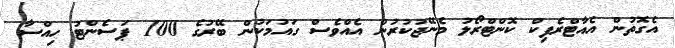
އެގޮތުންް އެއާޓްރެފިކް ކޮންޓްރޯލު މެނޭޖުކުރުން އެއްވެސް ގައުމަކުން ބޭރުގެ 100 ޕަސެންޓު ހިއްސާ